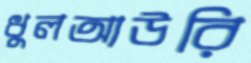
ধুলআউরি